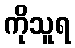
ကိုသူရ